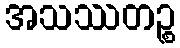
အသဿတဉ္စ